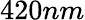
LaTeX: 420nm